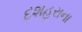
દશહરાના